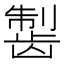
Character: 𱌸